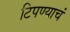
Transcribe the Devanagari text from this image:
टिपण्याचं